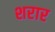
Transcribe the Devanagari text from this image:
शरार